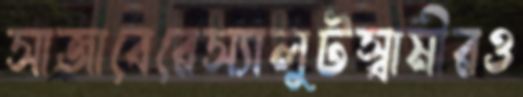
সাজাবেরেস্যালুটস্বামীরও